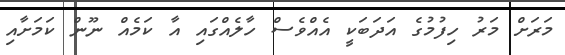
މަރަށް މަރު ހިފުމުގެ އަދަބަކީ އެއްވެސް ހާލެއްގައި އާ ކަމެއް ނޫން ކަމަށާއި